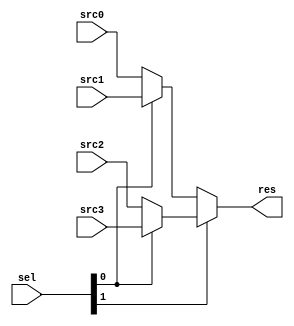
//
module MUX4_1 # (
    parameter               WIDTH                   = 32
)(
    input                   [WIDTH-1 : 0]           src0, src1, src2, src3,
    input                   [      1 : 0]           sel,

    output                  [WIDTH-1 : 0]           res
);

    assign res = sel[1] ? (sel[0] ? src3 : src2) : (sel[0] ? src1 : src0);

endmodule